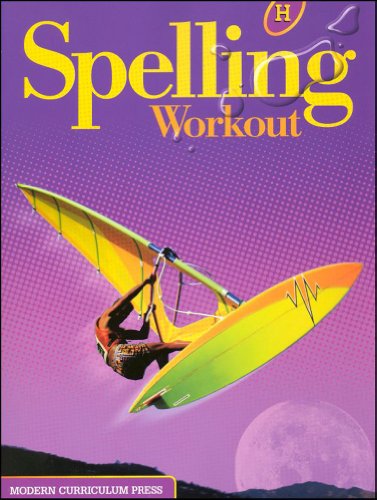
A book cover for SPELLING WORKOUT LEVEL H PUPIL EDITION; MODERN CURRICULUM PRESS; Teen & Young Adult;